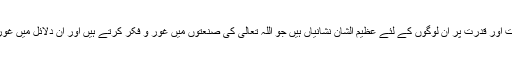
بے شک اِس میں اللہ تعالیٰ کی وحدانیت اور قدرت پر ان لوگوں کے لئے عظیم الشّان نشانیاں ہیں جو اللہ تعالیٰ کی صنعتوں میں غور و فکر کرتے ہیں اور ان دلائل میں غور کر کے نصیحت حاصل کرتے ہیں ۔